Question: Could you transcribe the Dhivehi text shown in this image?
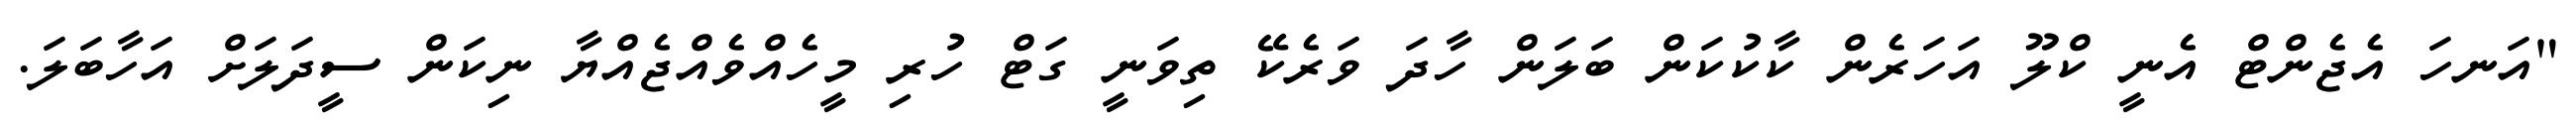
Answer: "އަނހަ އެޖެންޓް އެނީ ކްލޫ އަހަރެން ކާކުކަން ބަލަން ހާދަ ވަރެކޭ ތިވަނީ ގަޓް ހުރި މީހެއްވެއްޖެއްޔާ ނިކަން ސީދަލަށް އަހާބަލަ.